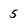
Character: 5